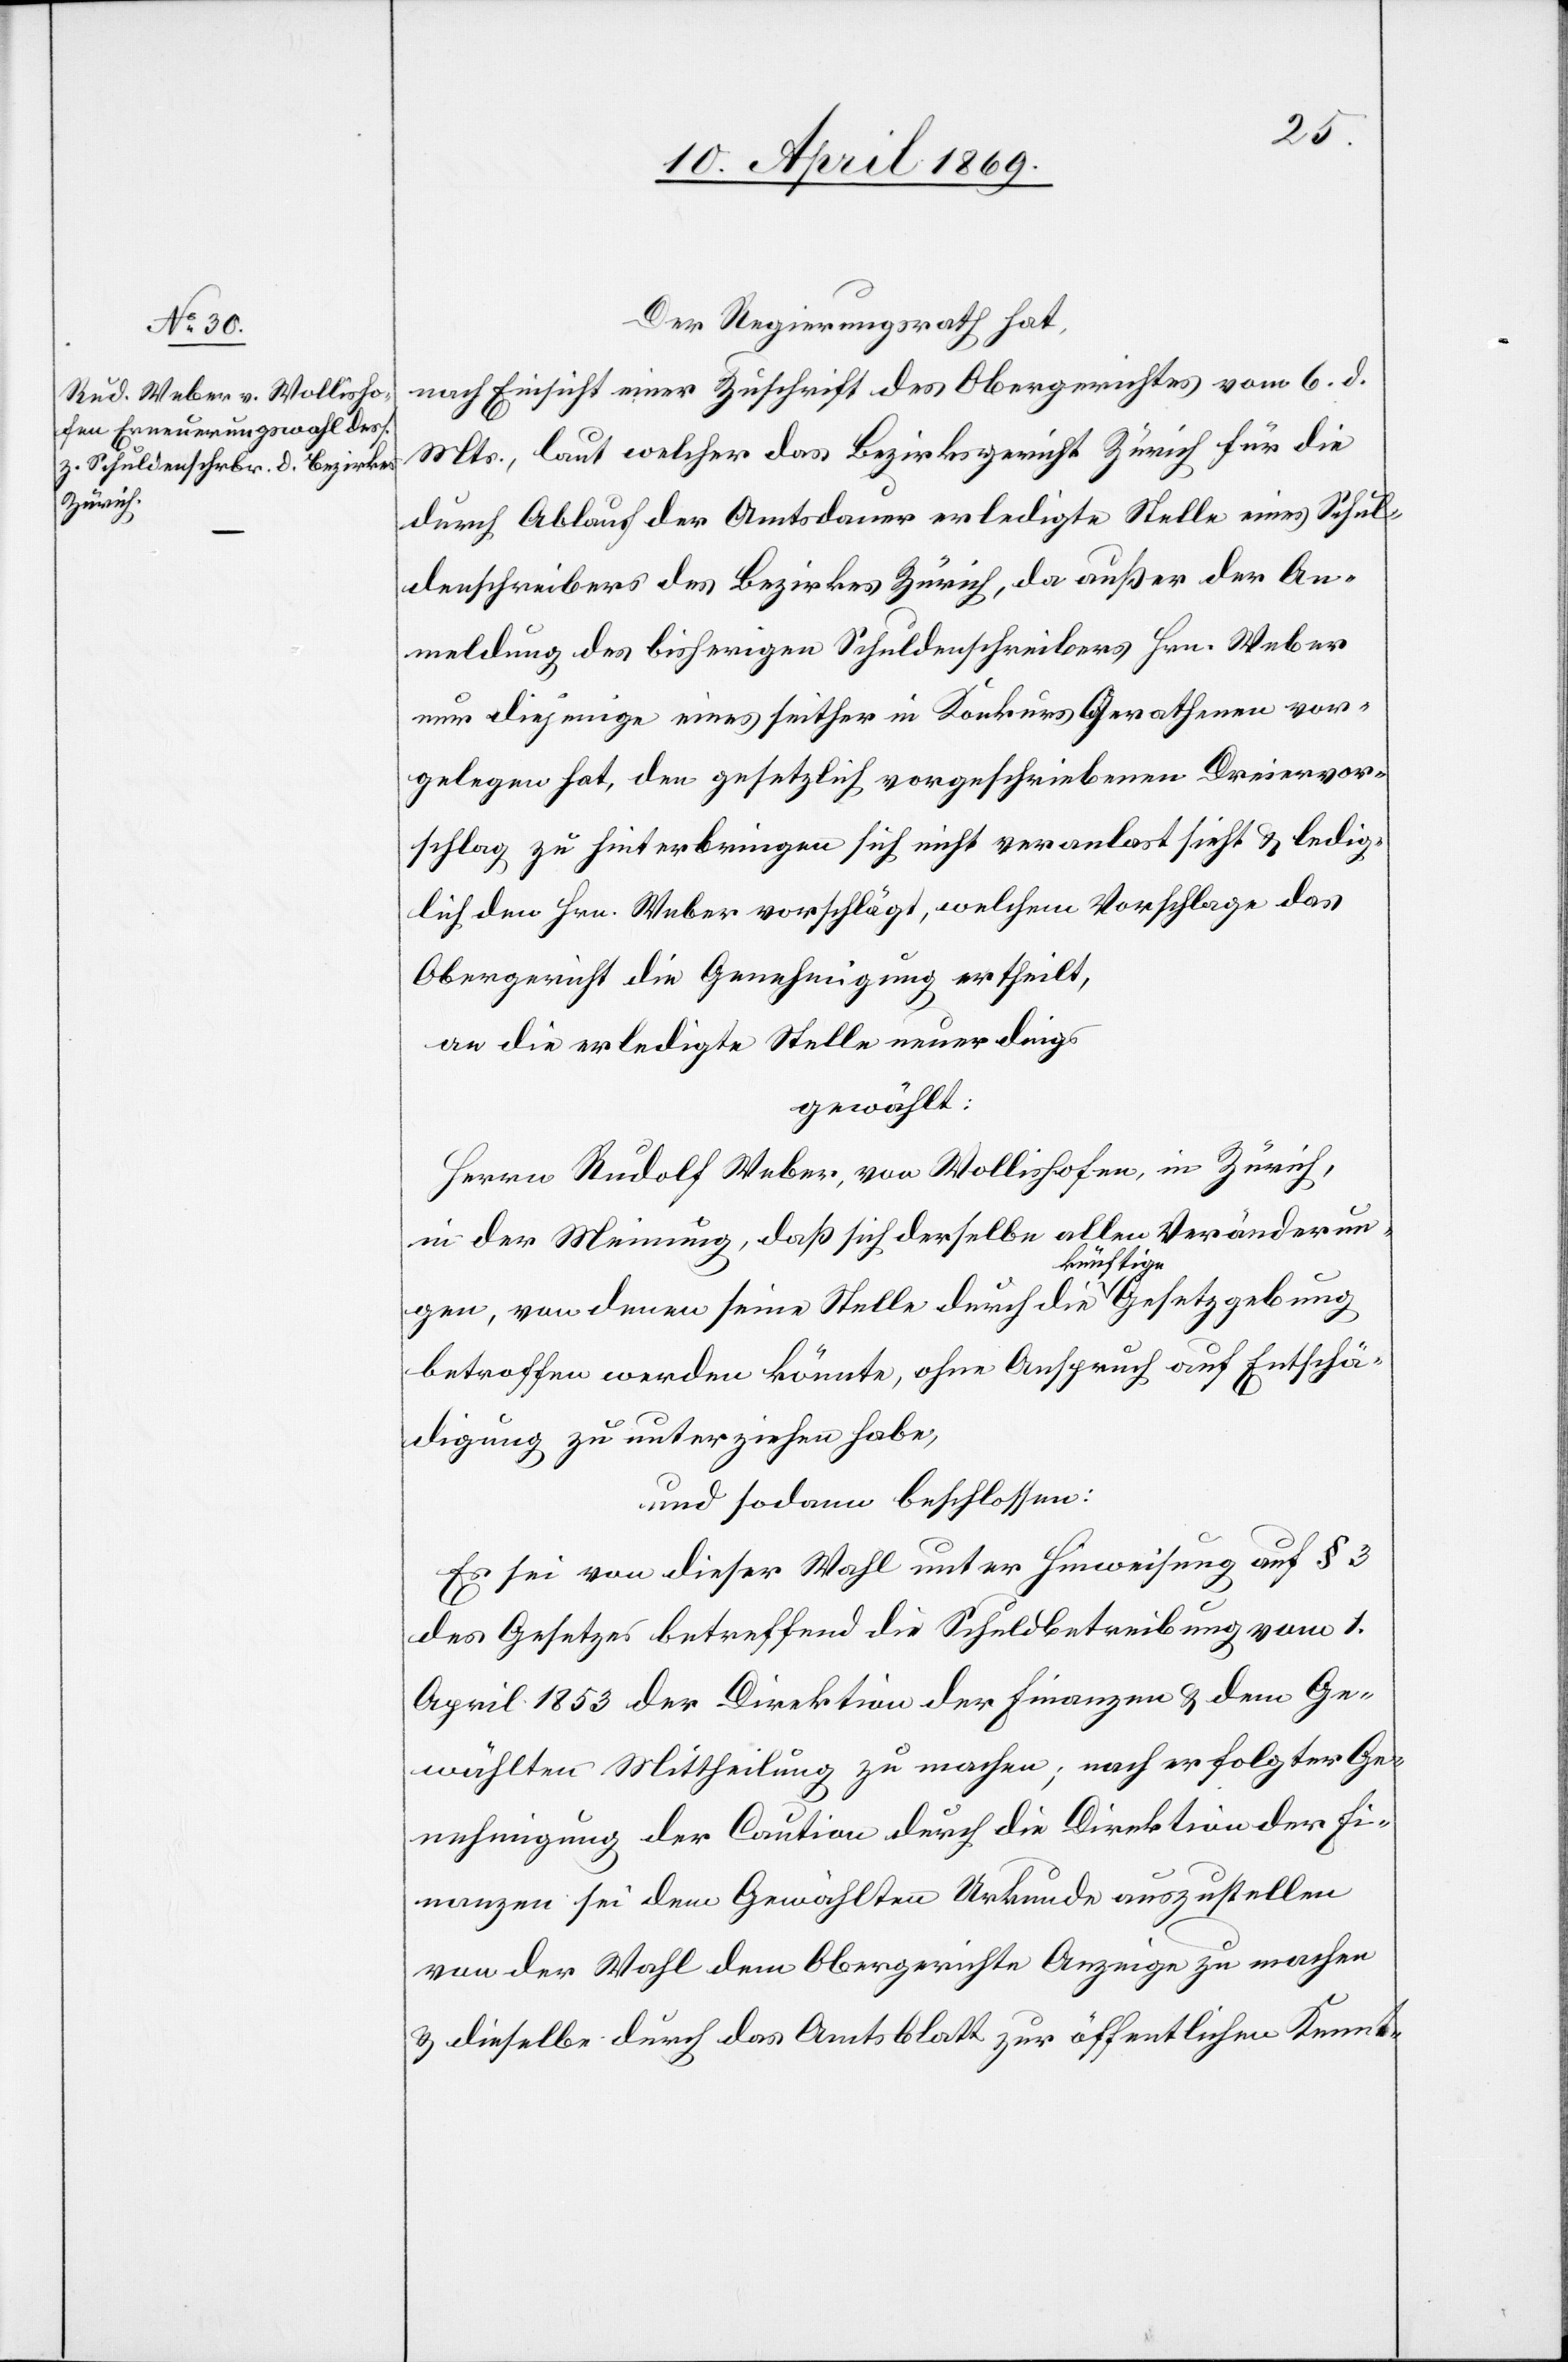
Der Regierungsrath hat,
nach Einsicht einer Zuschrift des Obergerichtes vom 6. d.
Mts., laut welcher das Bezirksgericht Zürich für die
durch Ablauf der Amtsdauer erledigte Stelle eines Schul¬
denschreibers des Bezirkes Zürich, da außer der An¬
meldung des bisherigen Schuldenschreibers Hrn. Weber
nur diejenige eines seither in Konkurs Gerathenen vor¬
gelegen hat, den gesetzlich vorgeschriebenen Dreiervor¬
schlag zu hinterbringen sich nicht veranlaßt sieht u. ledig¬
lich den Hrn. Weber vorschlägt, welchem Vorschlage das
Obergericht die Genehmigung ertheilt,
an die erledigte Stelle neuerdings
gewählt:
Herrn Rudolf Weber, von Wollishofen in Zürich,
in der Meinung, daß sich derselbe allen Veränderun¬
gen, von denen seine Stelle durch die künftige Gesetzgebung
betroffen werden könnte, ohne Anspruch auf Entschä¬
digung zu unterziehen habe,
und sodann beschlossen:
Es sei von dieser Wahl unter Hinweisung auf § 3
des Gesetzes betreffend die Schuldbetreibung vom 1.
April 1853 der Direktion der Finanzen u. dem Ge¬
wählten Mittheilung zu machen; nach erfolgter Ge¬
nehmigung der Caution durch die Direktion der Fi¬
nanzen sei dem Gewählten Urkunde auszustellen
von der Wahl dem Obergerichte Anzeige zu machen
u. dieselbe durch das Amtsblatt zur öffentlichen Kennt-